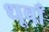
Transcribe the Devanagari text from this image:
धूवाँ